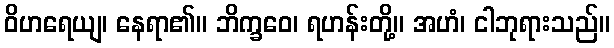
ဝိဟရေယျ၊ နေရာ၏။ ဘိက္ခဝေ၊ ရဟန်းတို့။ အဟံ၊ ငါဘုရားသည်။